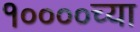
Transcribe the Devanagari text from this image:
१००००च्या